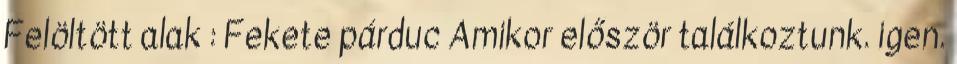
Felöltött alak : Fekete párduc Amikor először találkoztunk. igen.